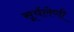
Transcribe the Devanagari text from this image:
सूर्यलेणी